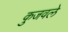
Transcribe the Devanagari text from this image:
कुजवले